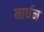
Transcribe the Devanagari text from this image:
मार्धन